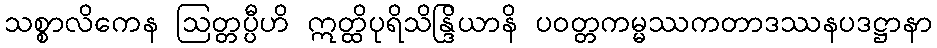
သစ္စာလိကေန ဩတ္တပ္ပီဟိ ဣတ္ထိပုရိသိန္ဒြိယာနိ ပဝတ္တကမ္မဿကတာဒဿနပဒဋ္ဌာနာ